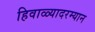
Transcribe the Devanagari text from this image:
हिवाळ्यादरम्यान